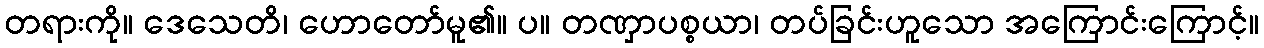
တရားကို။ ဒေသေတိ၊ ဟောတော်မူ၏။ ပ။ တဏှာပစ္စယာ၊ တပ်ခြင်းဟူသော အကြောင်းကြောင့်။